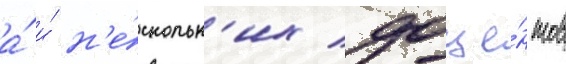
а́ и́ н'е́скольк'их доце́нтов